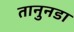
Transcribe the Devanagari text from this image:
तानुनडा